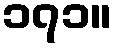
၁၇၁။